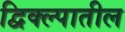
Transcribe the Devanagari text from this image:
द्विक्ल्पातील